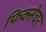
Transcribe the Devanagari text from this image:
फिक्सेचर